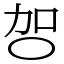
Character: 㔔